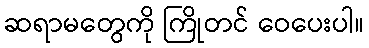
ဆရာမတွေကို ကြိုတင် ဝေပေးပါ။